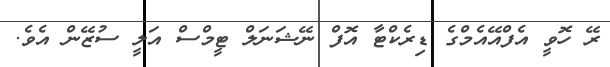
ރޭ ހޮވީ އެފްއޭއެމްގެ ޑިރެކްޓާ އޮފް ނޭޝަނަލް ޓީމްސް އަލީ ސުޒޭން އެވެ.